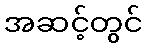
အဆင့်တွင်